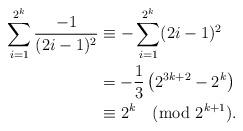
LaTeX: \begin{align*} \sum_{i=1}^{2^k}\frac{-1}{(2i-1)^2}&\equiv-\sum_{i=1}^{2^k}(2i-1)^2\\&=-\frac{1}{3}\left(2^{3k+2}-2^{k}\right)\\&\equiv2^k\pmod{2^{k+1}}.\end{align*}